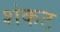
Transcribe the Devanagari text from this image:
शंकट